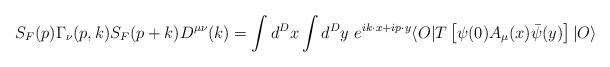
LaTeX: \begin{align*}S_F(p)\Gamma_\nu (p, k) S_F(p+k) D^{\mu \nu}(k)=\int d^Dx \int d^Dy \,\,e^{i k\cdot x+i p\cdot y}\langle O\vert T\left[\psi(0) A_\mu(x) \bar \psi (y)\right]\vert O\rangle\end{align*}